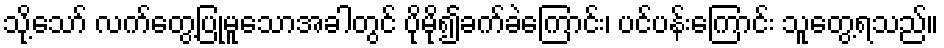
သို့သော် လက်တွေ့ပြုမူသောအခါတွင် ပိုမို၍ခက်ခဲကြောင်း၊ ပင်ပန်းကြောင်း သူတွေ့ရသည်။